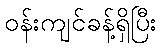
ဝန်းကျင်ခန့်ရှိပြီး